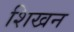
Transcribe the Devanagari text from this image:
शिखन